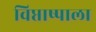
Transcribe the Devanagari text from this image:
विप्ताष्पाला